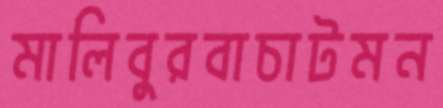
মালিবুরবাচাটমন